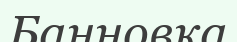
Банновка